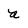
Character: a